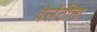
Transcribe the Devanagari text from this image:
वेलेंटीना